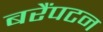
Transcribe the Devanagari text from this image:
बरैंपटन